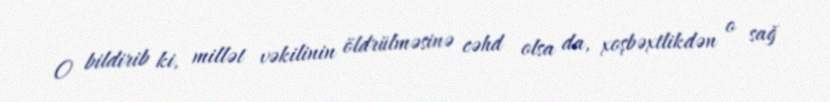
O bildirib ki, millət vəkilinin öldrülməsinə cəhd olsa da, xoşbəxtlikdən o sağ